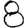
Digit: 8